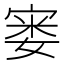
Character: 𪧘